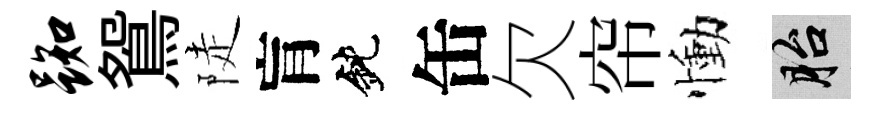
踟鴛陡肓鈍缶欠帘慟胎